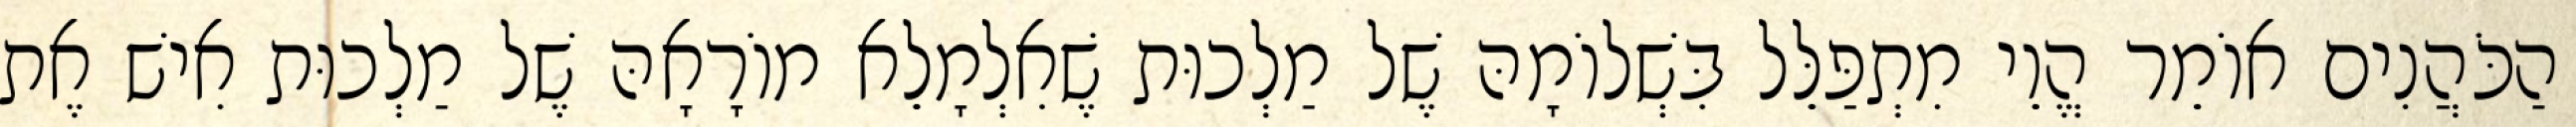
הַכֹּהֲנִים אוֹמֵר הֱוֵי מִתְפַּלֵּל בִּשְׁלוֹמָהּ שֶׁל מַלְכוּת שֶׁאִלְמָלֵא מוֹרָאָהּ שֶׁל מַלְכוּת אִישׁ אֶת